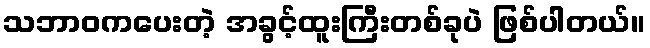
သဘာဝကပေးတဲ့ အခွင့်ထူးကြီးတစ်ခုပဲ ဖြစ်ပါတယ်။